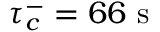
\tau _ { c } ^ { - } = 6 6 ~ \mathrm { s }